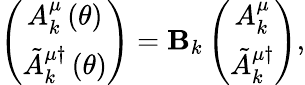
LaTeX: \left(\begin{array}{c}{{A_{k}^{\mu}\left(\theta\right)}}\\ {{\tilde{A}_{k}^{\mu\dagger}\left(\theta\right)}}\end{array}\right)={\cal\mathbf{B}}_{k}\left(\begin{array}{c}{{A_{k}^{\mu}}}\\ {{\tilde{A}_{k}^{\mu\dagger}}}\end{array}\right),